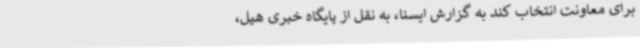
برای معاونت انتخاب کند به گزارش ایسنا، به نقل از پایگاه خبری هیل،‌